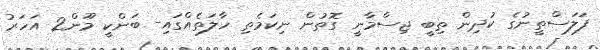
ފަލަސްތީނުގެ ކުދިން ތިބީ ޖިސްމާނީ ގޮތުން ނިކަމެތި ހާލަތެއްގައި- ބަންކީ މޫން2 އަހަރު